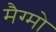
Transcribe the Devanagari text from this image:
मैग्मो